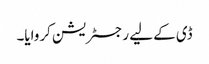
ڈی کے لیے رجسٹریشن کروایا۔